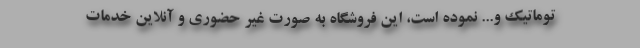
توماتیک و... نموده است، این فروشگاه به صورت غیر حضوری و آنلاین خدمات